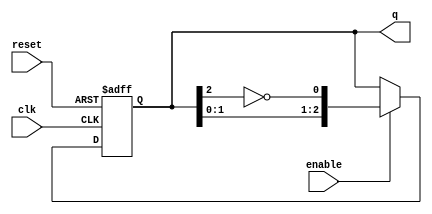
module johnson_counter #(
    parameter n = 3  // Number of flip-flops (configurable)
) (
    input wire clk,       // Clock input
    input wire reset,     // Asynchronous reset
    input wire enable,    // Enable signal
    output reg [n-1:0] q  // Output state of the counter
);

    // Always block for the Johnson counter operation
    always @(posedge clk or posedge reset) begin
        if (reset) begin
            // Asynchronous reset: set all flip-flops to 0
            q <= 0;
        end else if (enable) begin
            // Johnson counter state transition
            q <= {q[n-2:0], ~q[n-1]};
        end
        // If enable is low, hold the current state (no else needed)
    end

endmodule